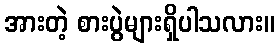
အားတဲ့ စားပွဲများရှိပါသလား။